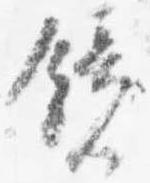
鏡